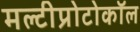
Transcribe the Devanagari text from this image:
मल्टीप्रोटोकॉल